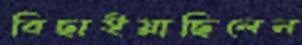
বিছাইয়াছিলেন